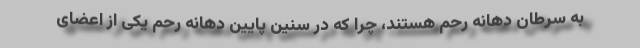
به سرطان دهانه رحم هستند، چرا که در سنین پایین دهانه رحم یکی از اعضای